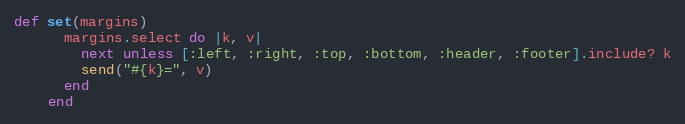
Language: Ruby
def set(margins)
      margins.select do |k, v|
        next unless [:left, :right, :top, :bottom, :header, :footer].include? k
        send("#{k}=", v)
      end
    end